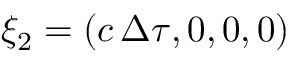
\xi _ { 2 } = ( c \, \Delta \tau , 0 , 0 , 0 )